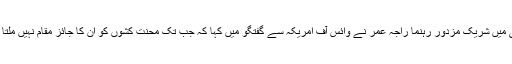
اسلام آباد میں یوم مزدور پر نکالی گئی ایک ریلی میں شریک مزدور رہنما راجہ عمر نے وائس آف امریکہ سے گفتگو میں کہا کہ جب تک محنت کشوں کو ان کا جائز مقام نہیں ملتا وہ لوگ اس بارے میں آواز بلند کرتے رہیں گے۔